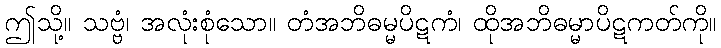
ဤသို့။ သဗ္ဗံ၊ အလုံးစုံသော။ တံအဘိဓမ္မပိဋကံ၊ ထိုအဘိဓမ္မာပိဋကတ်ကို။